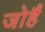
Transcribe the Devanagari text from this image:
जोहैं